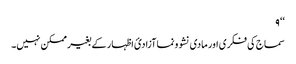
‘‘ ۹
سماج کی فکری اور مادی نشوونما آزادئ اظہار کے بغیر ممکن نہیں۔